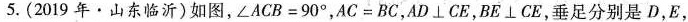
5.(2019年·山东临沂)如图，$$∠ A C B = 9 0 °$$，$$A C = B C$$，$$A D \perp C E$$，$$B E \perp C E$$，垂足分别是D，E，